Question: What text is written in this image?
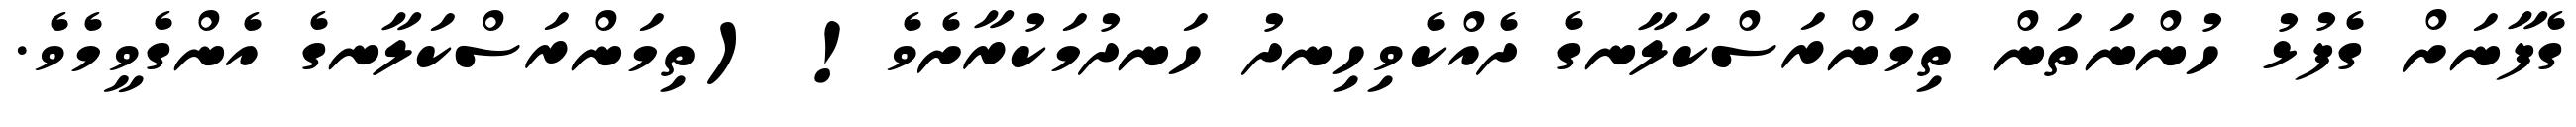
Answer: ގެފާނަށް ގެފުޅު ހުންނަތަން ތިމަންރަސްކަލާނގެ ދެއްކެވިހިނދު ހަނދުމަކުރާށެވެ! (ތިމަންރަސްކަލާނގެ އެންގެވީމެވެ.